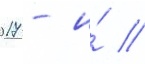
2017 - и́ //